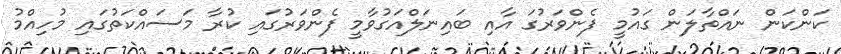
ކަންކަން ނައްތާލަން ގައުމީ ފެންވަރުގަ އާއި ބައިނަލްއަގުވާމީ ފެންވަރުގައި ކުރާ މަސައްކަތުގައި މުހިއްމު